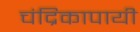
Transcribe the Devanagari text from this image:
चंद्रिकापायी